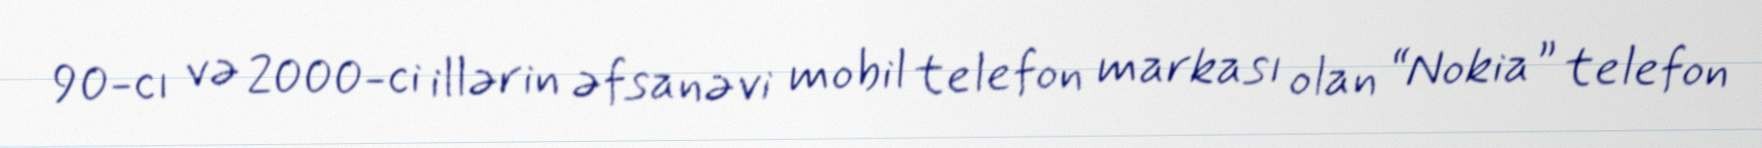
90-cı və 2000-ci illərin əfsanəvi mobil telefon markası olan “Nokia” telefon